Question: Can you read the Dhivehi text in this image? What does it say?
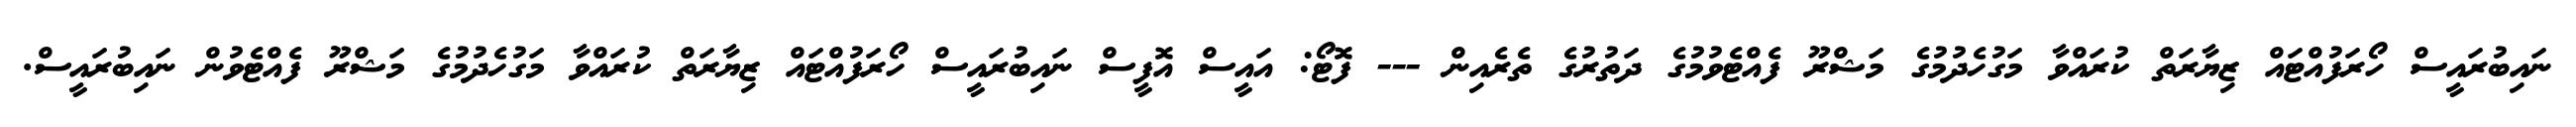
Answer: ނައިބުރައީސް ހޯރަފުއްޓައް ޒިޔާރަތް ކުރައްވާ މަގުހެދުމުގެ މަޝްރޫ ފެއްޓެވުމުގެ ދަތުރުގެ ތެރެއިން --- ފޮޓޯ: އައީސް އޮފީސް ނައިބުރައީސް ހޯރަފުއްޓައް ޒިޔާރަތް ކުރައްވާ މަގުހެދުމުގެ މަޝްރޫ ފެއްޓެވުން ނައިބުރައީސް.